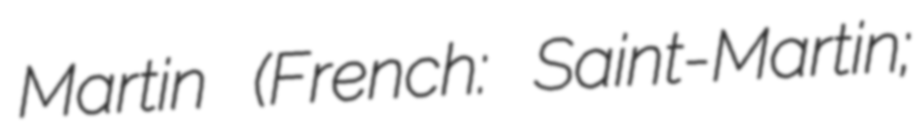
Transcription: Martin (French: Saint-Martin;